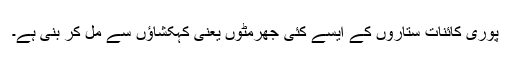
پوری کائنات ستاروں کے ایسے کئی جھرمٹوں یعنی کہکشاؤں سے مل کر بنی ہے۔